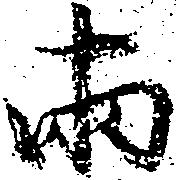
両